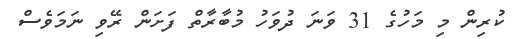
ކުރިން މި މަހުގެ 31 ވަނަ ދުވަހު މުބާރާތް ފަށަން ރޭވި ނަމަވެސް